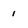
Character: 1